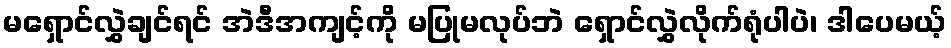
မရှောင်လွှဲချင်ရင် အဲဒီအကျင့်ကို မပြုမလုပ်ဘဲ ရှောင်လွှဲလိုက်ရုံပါပဲ၊ ဒါပေမယ့်